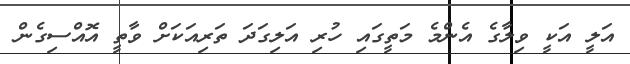
އަލީ އަކީ ވިލާގެ އެންމެ މަތީގައި ހުރި އަލިގަދަ ތަރިއަކަށް ވާތީ އޮއްސިގެން